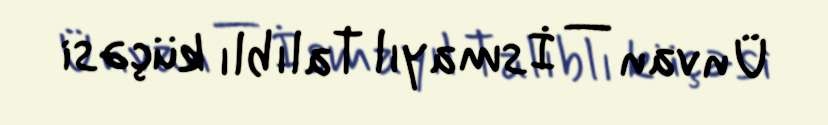
Ünvan — İsmayıl Talıblı küçəsi